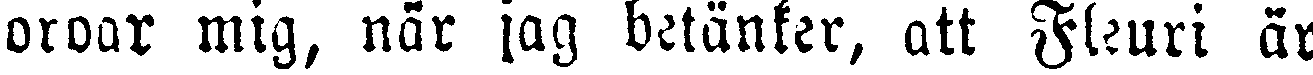
oroar mig, när jag betänker, att Fleuri är